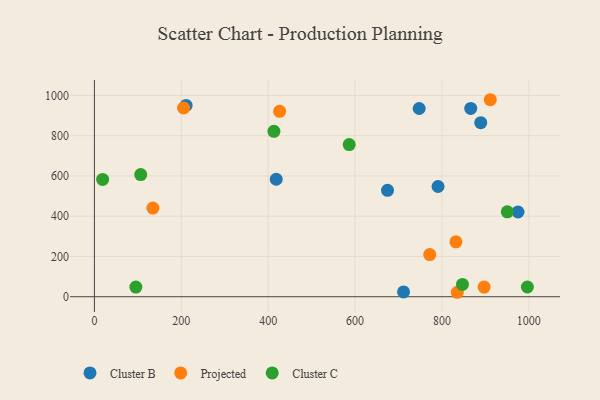
{"axis": {"x": "Distance", "y": "Yield"}, "legend": ["Cluster B", "Cluster C", "Projected"], "data": [{"x": "791.1", "y": 547.6, "type": "Cluster B"}, {"x": "889.4", "y": 864.9, "type": "Cluster B"}, {"x": "747.7", "y": 935.1, "type": "Cluster B"}, {"x": "418.6", "y": 583.7, "type": "Cluster B"}, {"x": "711.7", "y": 24.0, "type": "Cluster B"}, {"x": "211.1", "y": 950.3, "type": "Cluster B"}, {"x": "975.2", "y": 420.8, "type": "Cluster B"}, {"x": "674.8", "y": 528.7, "type": "Cluster B"}, {"x": "866.4", "y": 935.6, "type": "Cluster B"}, {"x": "772.0", "y": 209.4, "type": "Projected"}, {"x": "134.6", "y": 440.4, "type": "Projected"}, {"x": "832.3", "y": 272.7, "type": "Projected"}, {"x": "897.2", "y": 47.7, "type": "Projected"}, {"x": "835.5", "y": 22.1, "type": "Projected"}, {"x": "911.4", "y": 978.7, "type": "Projected"}, {"x": "426.4", "y": 921.1, "type": "Projected"}, {"x": "205.3", "y": 937.7, "type": "Projected"}, {"x": "413.3", "y": 821.9, "type": "Cluster C"}, {"x": "950.6", "y": 421.9, "type": "Cluster C"}, {"x": "18.9", "y": 582.7, "type": "Cluster C"}, {"x": "847.3", "y": 61.3, "type": "Cluster C"}, {"x": "106.6", "y": 606.6, "type": "Cluster C"}, {"x": "95.4", "y": 47.9, "type": "Cluster C"}, {"x": "586.6", "y": 755.9, "type": "Cluster C"}, {"x": "996.8", "y": 48.2, "type": "Cluster C"}]}